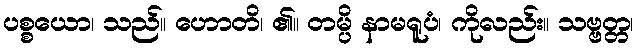
ပစ္စယော၊ သည်။ ဟောတိ၊ ၏။ တမ္ပိ နာမရူပံ၊ ကိုလည်း။ သဗ္ဗတ္တ၊